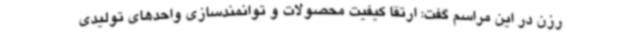
رزن در این مراسم گفت: ارتقا کیفیت محصولات و توانمندسازی واحدهای تولیدی